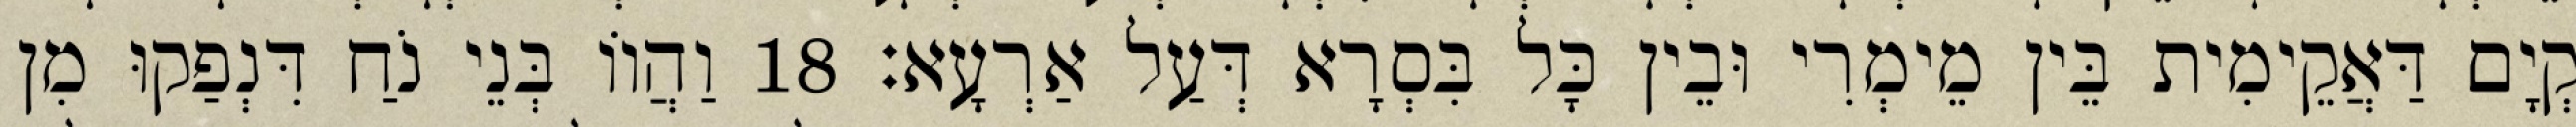
קְיָם דַּאֲקֵימִית בֵּין מֵימְרִי וּבֵין כָּל בִּסְרָא דְּעַל אַרְעָא׃ 18 וַהֲווֹ בְּנֵי נֹחַ דִּנְפַקוּ מִן